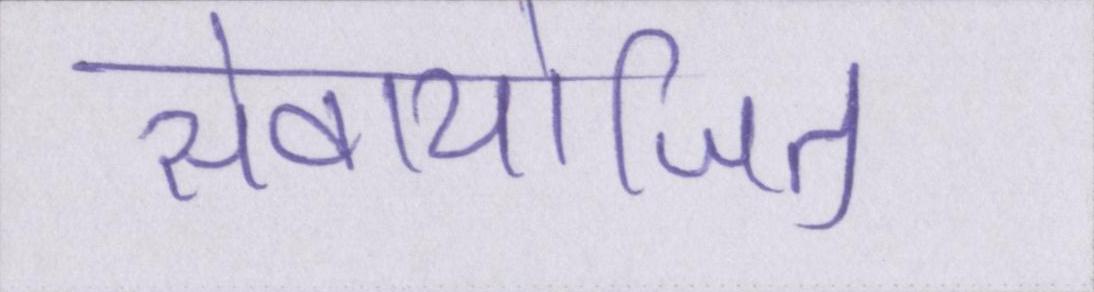
सेवायोजित